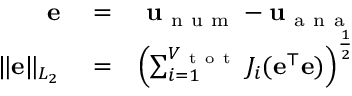
\begin{array} { r l r } { \mathbf { e } } & { { } = } & { \mathbf { u } _ { \mathrm { ~ n ~ u ~ m ~ } } - \mathbf { u } _ { \mathrm { ~ a ~ n ~ a ~ } } } \\ { \| \mathbf { e } \| _ { L _ { 2 } } } & { { } = } & { \left( \sum _ { i = 1 } ^ { V _ { \mathrm { ~ t ~ o ~ t ~ } } } J _ { i } ( \mathbf { e } ^ { \top } \mathbf { e } ) \right) ^ { \frac { 1 } { 2 } } } \end{array}